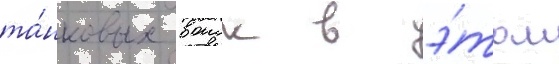
та́нковых воиск в э́том